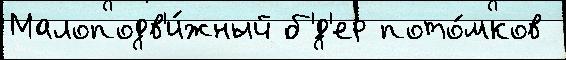
Малоподв'и́жный б'́д'ер пото́мков